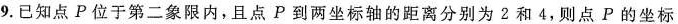
9. 已知点P位于第二象限内，且点P到两坐标轴的距离分别为2和4，则点P的坐标